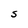
Character: S